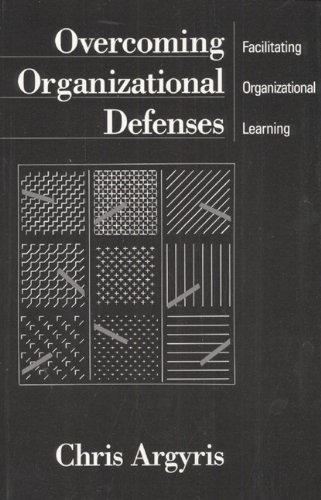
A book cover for Overcoming Organizational Defenses: Facilitating Organizational Learning; Chris Argyris; Business & Money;